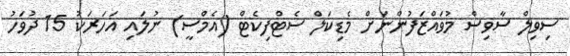
ސިވިލް ސާވިސް މުވައްޒަފުންނަށް މެޑިކަލް ސެޓްފިކެޓް (އެމްސީ) ނުލައި އަހަރަކު 15 ދުވަހު